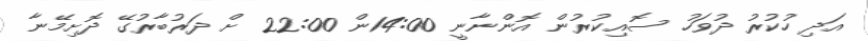
އަދި ހުކުރު ދުވަހު ސޮއިކުރުން އޮންނާނީ 14:00ން 22:00 ށް ދަރުބާރުގޭ ދޮށިމޭނާ